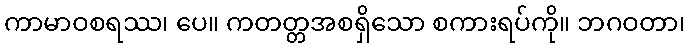
ကာမာဝစရဿ၊ ပေ။ ကတတ္တအစရှိသော စကားရပ်ကို။ ဘဂဝတာ၊